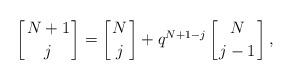
LaTeX: \begin{align*} \left[{N+1\atop j}\right]=\left[{N\atop j}\right]+ q^{N+1-j}\left[{N\atop j-1}\right],\end{align*}